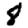
Digit: 8